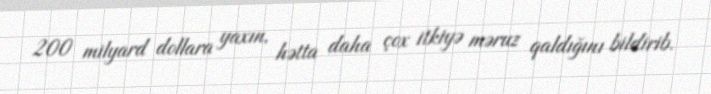
200 milyard dollara yaxın, hətta daha çox itkiyə məruz qaldığını bildirib.